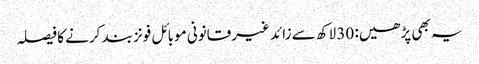
یہ بھی پڑھیں: 30 لاکھ سے زائد غیرقانونی موبائل فونز بند کرنے کا فیصلہ